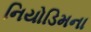
નિયોડિમના